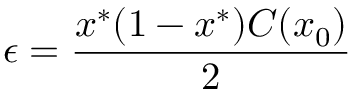
\epsilon = \frac { x ^ { * } ( 1 - x ^ { * } ) C ( x _ { 0 } ) } { 2 }